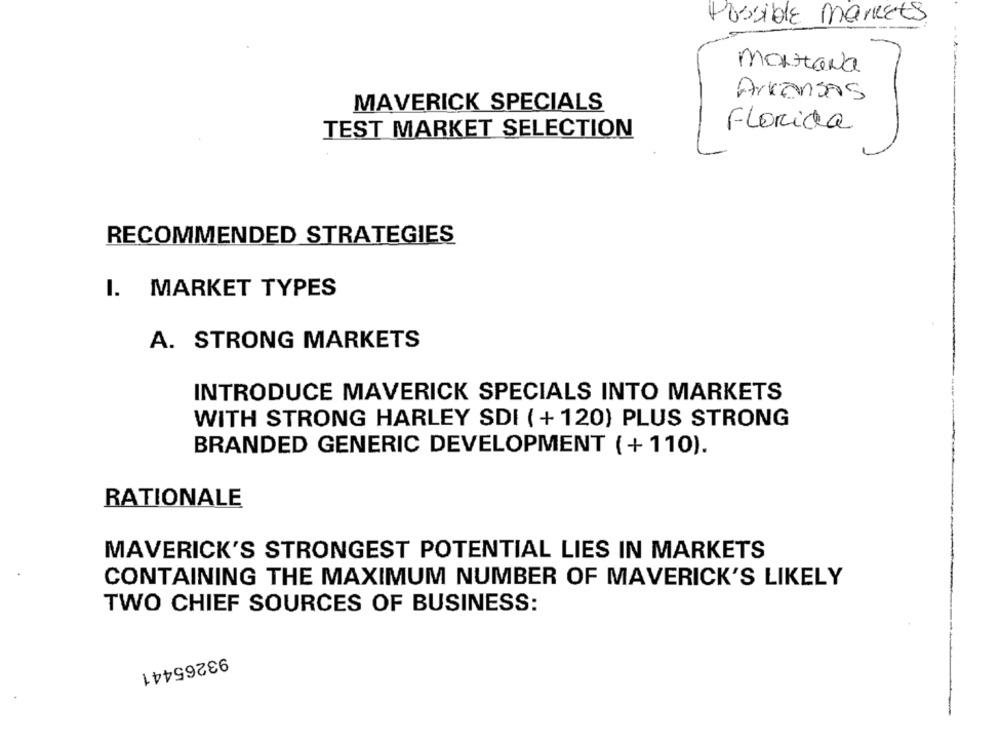
Possible markets.
martaNa
Arkansas
MAVERICK SPECIALS
Florida
TEST MARKET SELECTION
RECOMMENDED STRATEGIES
I. MARKET TYPES
A. STRONG MARKETS
INTRODUCE MAVERICK SPECIALS INTO MARKETS
WITH STRONG HARLEY SDI (+120) PLUS STRONG
BRANDED GENERIC DEVELOPMENT (+110).
RATIONALE
MAVERICK'S STRONGEST POTENTIAL LIES IN MARKETS
CONTAINING THE MAXIMUM NUMBER OF MAVERICK'S LIKELY
TWO CHIEF SOURCES OF BUSINESS:
93265441